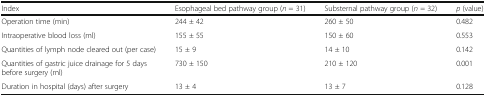
| Index | Esophageal bed pathway group (n = 31) | Substernal pathway group (n = 32) | p (value) |
 | --- | --- | --- | --- |
 | Operation time (min) | 244 ± 42 | 260 ± 50 | 0.482 |
 | Intraoperative blood loss (ml) | 155 ± 55 | 150 ± 60 | 0.553 |
 | Quantities of lymph node cleared out (per case) | 15 ± 9 | 14 ± 10 | 0.142 |
 | Quantities of gastric juice drainage for 5 days before surgery (ml) | 730 ± 150 | 210 ± 120 | 0.001 |
 | Duration in hospital (days) after surgery | 13 ± 4 | 13 ± 7 | 0.128 |